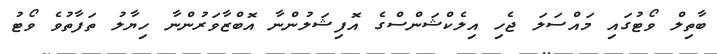
ބާތިލް ވޯޓުގައި މައްސަލަ ޖެހި އިލެކްޝަންސްގެ އޮފިޝަލުންނާ އޮބްޒާވަރުންނާ ހިޔާލު ތަފާތުވެ ވޯޓު